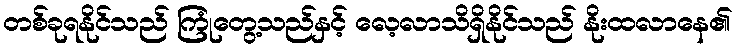
တစ်ခုရနိုင်သည် ကြုံတွေ့သည်နှင့် လေ့လာသိရှိနိုင်သည် နိုးထလာနေ၏